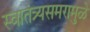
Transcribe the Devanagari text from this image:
स्वातंत्र्यसमरामुळे